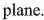
plane.